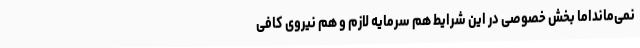
نمی‌مانداما بخش خصوصی در این شرایط هم سرمایه لازم و هم نیروی کافی